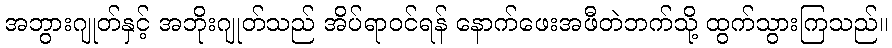
အဘွားဂျုတ်နှင့် အဘိုးဂျုတ်သည် အိပ်ရာဝင်ရန် နောက်ဖေးအဖီတဲဘက်သို့ ထွက်သွားကြသည်။